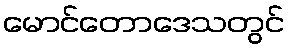
မောင်တောဒေသတွင်